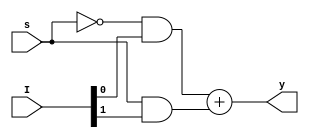
module mux2X1(I,s,y);
input [1:0]I;
input s;
output y;
assign y=(~s&I[0])+(s&I[1]);
endmodule